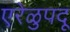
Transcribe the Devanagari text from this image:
एरेळुपदू